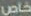
خاص